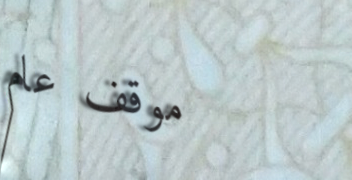
موقف عام